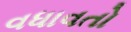
વધાવતો